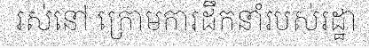
រស់នៅ ក្រោមការដឹកនាំរបស់រដ្ឋា